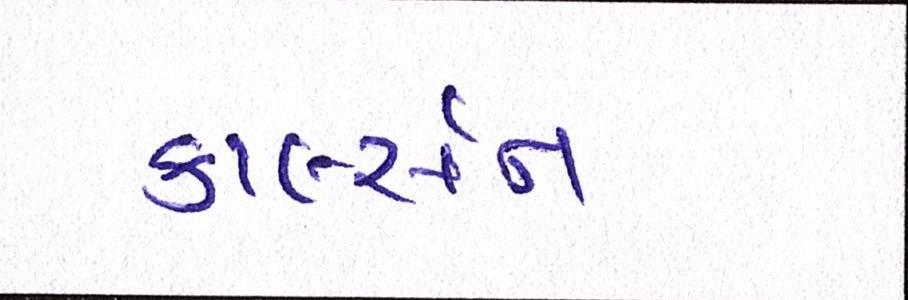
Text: કાર્લ્સન